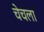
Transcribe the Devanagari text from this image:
चेचला